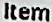
ITEM